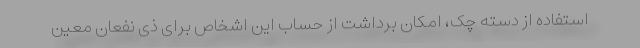
استفاده از دسته چک، امکان برداشت از حساب این اشخاص برای ذی نفعان معین